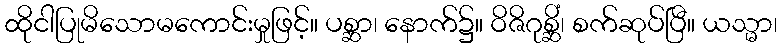
ထိုငါပြုမိသောမကောင်းမှုဖြင့်။ ပစ္ဆာ၊ နောက်၌။ ဝိဇိဂုစ္ဆိံ၊ စက်ဆုပ်ပြီ။ ယသ္မာ၊